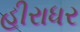
હીરાધર